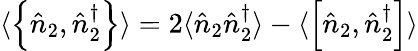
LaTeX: \langle\left\{ \hat{n}_{2},\hat{n}_{2}^{\dagger}\right\} \rangle=2\langle\hat{n}_{2}\hat{n}_{2}^{\dagger}\rangle-\langle\left[\hat{n}_{2},\hat{n}_{2}^{\dagger}\right]\rangle